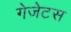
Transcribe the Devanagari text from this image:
गेजेटस